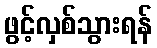
ဖွင့်လှစ်သွားရန်